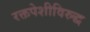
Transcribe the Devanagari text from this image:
रक्तपेशीविरुद्ध